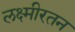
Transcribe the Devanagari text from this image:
लक्ष्मीरतन